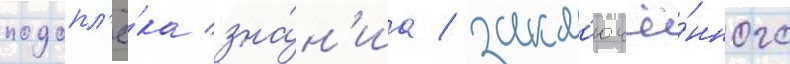
подопл'ё́ка зна́н'иа / закл'ючё́нного